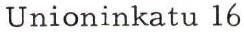
Unioninkatu 16